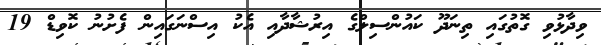
ވިދާޅުވި ގޮތުގައި ތިނަދޫ ކައުންސިލްގެ އިރުޝާދާއި އެކު އިސްނަގައިން ފެށުނު ކޮވިޑް 19